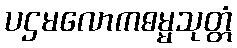
ပဌမလောကဓမ္မသုတ္တံ